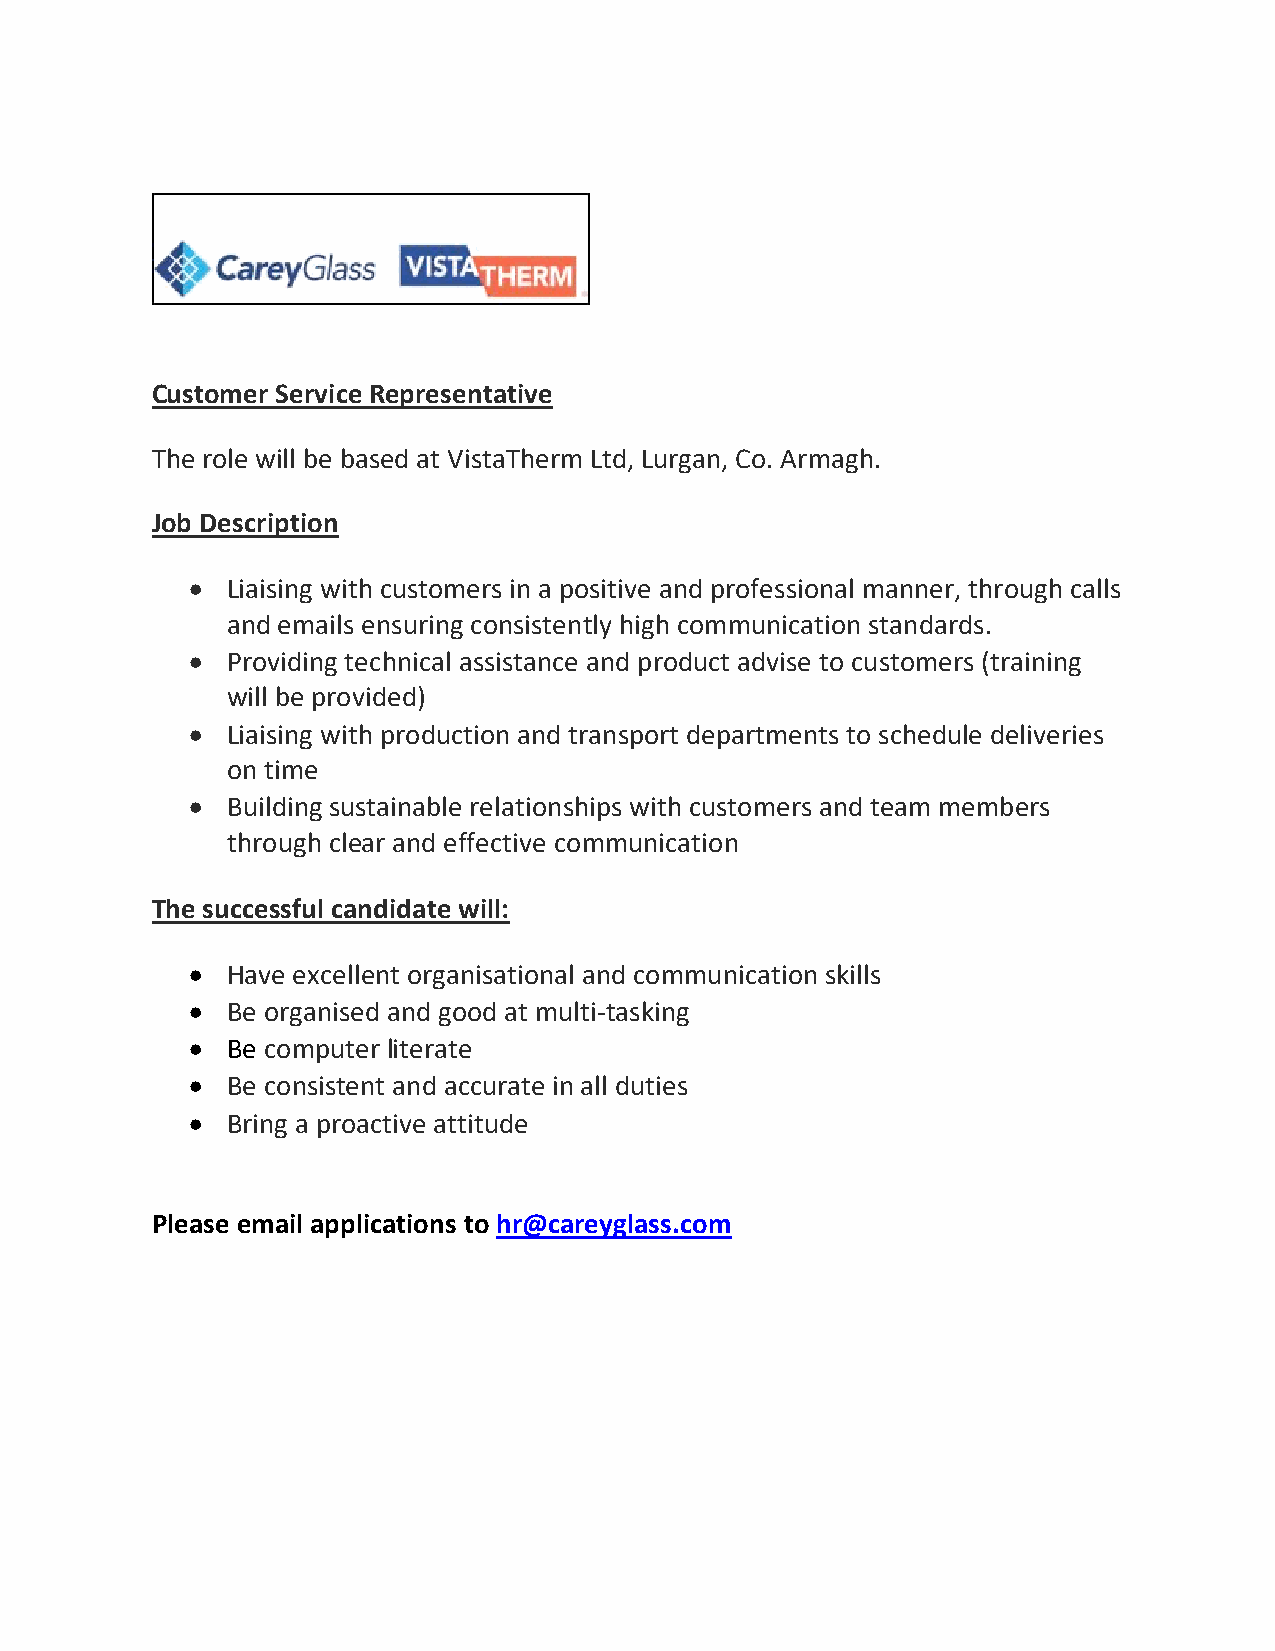
Customer Service Representative
 The role will be based at VistaTherm Ltd, Lurgan, Co. Armagh.
 Job Description
 • Liaising with customers in a positive and professional manner, through calls
 and emails ensuring consistently high communication standards.
 • Providing technical assistance and product advise to customers (training
 will be provided)
 • Liaising with production and transport departments to schedule deliveries
 on time
 • Building sustainable relationships with customers and team members
 through clear and effective communication
 The successful candidate will:
 • Have excellent organisational and communication skills
 • Be organised and good at multi-tasking
 • Be computer literate
 • Be consistent and accurate in all duties
 • Bring a proactive attitude
 Please email applications to hr@careyglass.com